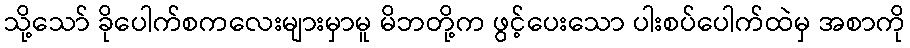
သို့သော် ခိုပေါက်စကလေးများမှာမူ မိဘတို့က ဖွင့်ပေးသော ပါးစပ်ပေါက်ထဲမှ အစာကို